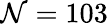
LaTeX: \mathcal{N}=103